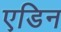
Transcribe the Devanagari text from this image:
एडिन